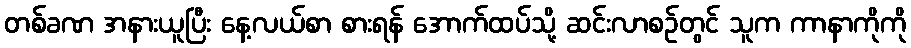
တစ်ခဏ အနားယူပြီး နေ့လယ်စာ စားရန် အောက်ထပ်သို့ ဆင်းလာစဉ်တွင် သူက ကာနာကိုကို